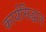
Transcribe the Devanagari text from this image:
कार्यसिद्धांत